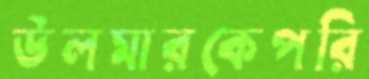
উলমারকেপরি